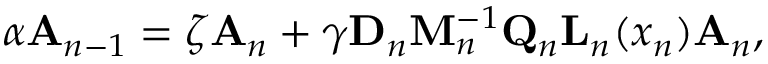
\boldsymbol \alpha \mathbf { A } _ { n - 1 } = \boldsymbol \zeta \mathbf { A } _ { n } + \boldsymbol \gamma \mathbf { D } _ { n } \mathbf { M } _ { n } ^ { - 1 } \mathbf { Q } _ { n } \mathbf { L } _ { n } ( x _ { n } ) \mathbf { A } _ { n } ,